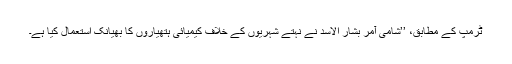
ٹرمپ کے مطابق، ’’شامی آمر بشار الاسد نے نہتے شہریوں کے خلاف کیمیائی ہتھیاروں کا بھیانک استعمال کیا ہے۔